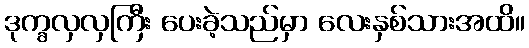
ဒုက္ခလှလှကြီး ပေးခဲ့သည်မှာ လေးနှစ်သားအထိ။